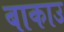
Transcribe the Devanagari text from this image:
बाकाउ